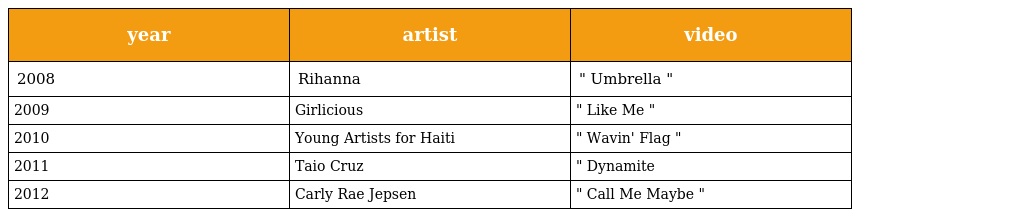
| year | artist | video |
 | --- | --- | --- |
 | 2008 | Rihanna | " Umbrella " |
 | 2009 | Girlicious | " Like Me " |
 | 2010 | Young Artists for Haiti | " Wavin' Flag " |
 | 2011 | Taio Cruz | " Dynamite |
 | 2012 | Carly Rae Jepsen | " Call Me Maybe " |